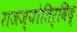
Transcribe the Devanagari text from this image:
राजज्योतिर्विद्